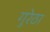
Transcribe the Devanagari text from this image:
गुरेठा